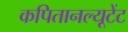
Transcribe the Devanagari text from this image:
कपितानल्यूटेंट